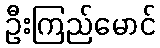
ဦးကြည်မောင်